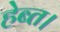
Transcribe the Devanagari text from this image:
हेब्त।